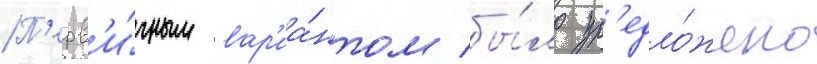
П'ерв'и́чным вар'иа́нтом бы́ло пр'едло́жено